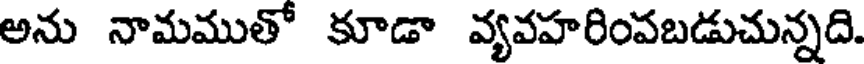
అను నామముతో కూడా వ్యవహరింపబడుచున్నది.